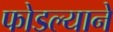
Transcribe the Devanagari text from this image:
फोडल्याने